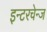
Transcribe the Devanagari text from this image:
इन्टरचेन्ज